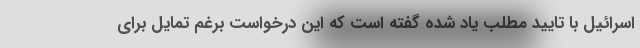
اسرائیل با تایید مطلب یاد شده گفته است که این درخواست برغم تمایل برای